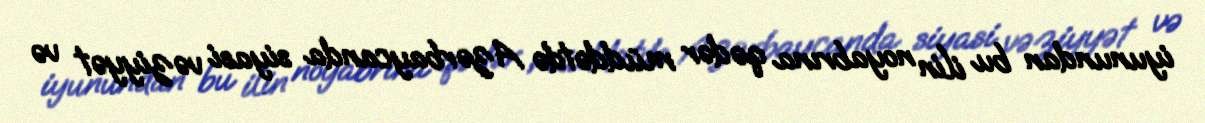
iyunundan bu ilin noyabrına qədər müddətdə Azərbaycanda siyasi vəziyyət və